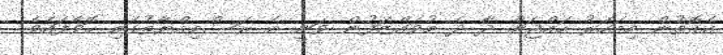
އެގޮތުން މިއަހަރު ހައްޖަށް ދާ ދެ މުވައްޒަފުން ވަނީ އެ ރަސްމިއްޔާތުގައި ހޮވާފައެވެ.